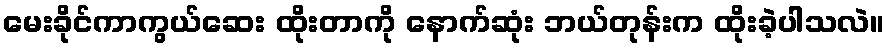
မေးခိုင်ကာကွယ်ဆေး ထိုးတာကို နောက်ဆုံး ဘယ်တုန်းက ထိုးခဲ့ပါသလဲ။